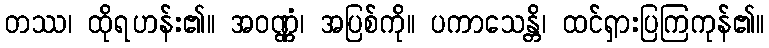
တဿ၊ ထိုရဟန်း၏။ အဝဏ္ဏံ၊ အပြစ်ကို။ ပကာသေန္တိ၊ ထင်ရှားပြကြကုန်၏။